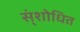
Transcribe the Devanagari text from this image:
स्ंशोधित